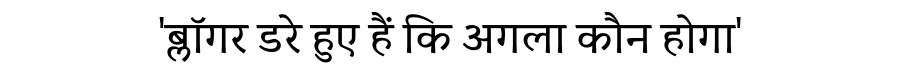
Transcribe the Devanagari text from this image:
'ब्लॉगर डरे हुए हैं कि अगला कौन होगा'